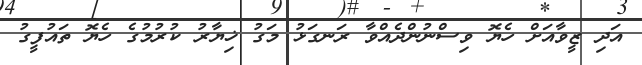
އަދި ޒީވާއަށް ހެޔޮ ވިސްނުންދެއްވާ ރަނގަޅު މަގު ޚިޔާރު ކުރުމުގެ ހެޔޮ ތައުފީގު